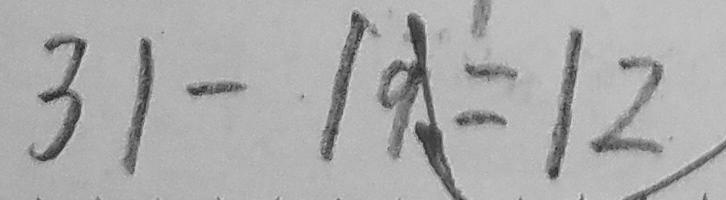
3 1 - 1 9 = 1 2